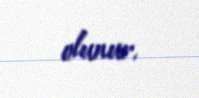
olunur.